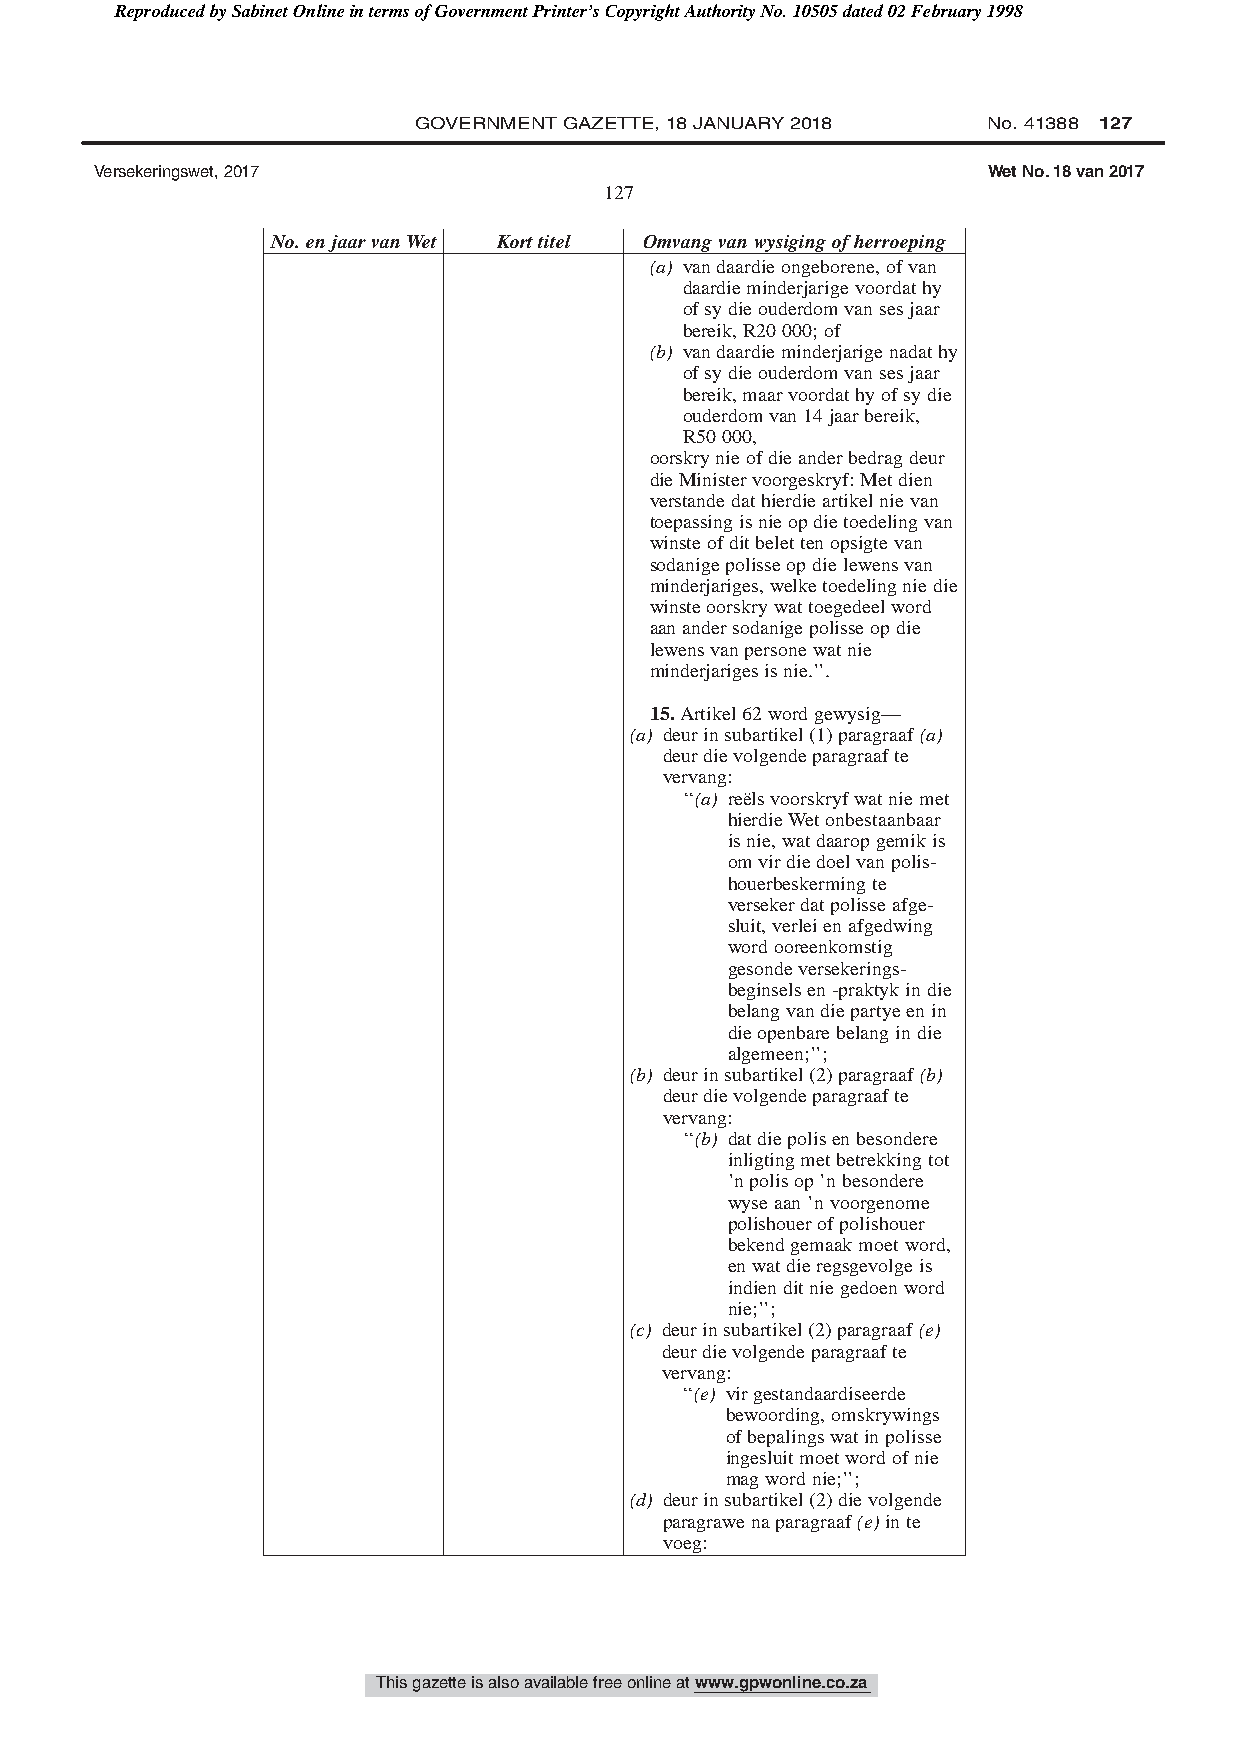
Reproduced by Sabinet Online in terms of Government Printer’s Copyright Authority No. 10505 dated 02 February 1998
 GOVERNMENT GAZETTE, 18 JANUARY 2018   No. 41388 127
 Versekeringswet, 2017                                      Wet No. 18 van 2017
 127
 No.enjaarvanWet Korttitel Omvangvanwysigingofherroeping
 (a) vandaardieongeborene,ofvan
 daardieminderjarigevoordathy
 ofsydieouderdomvansesjaar
 bereik,R20000;of
 (b) vandaardieminderjarigenadathy
 ofsydieouderdomvansesjaar
 bereik,maarvoordathyofsydie
 ouderdomvan14jaarbereik,
 R50000,
 oorskrynieofdieanderbedragdeur
 dieMinistervoorgeskryf:Metdien
 verstandedathierdieartikelnievan
 toepassingisnieopdietoedelingvan
 winsteofditbelettenopsigtevan
 sodanigepolisseopdielewensvan
 minderjariges,welketoedelingniedie
 winsteoorskrywattoegedeelword
 aanandersodanigepolisseopdie
 lewensvanpersonewatnie
 minderjarigesisnie.’’.
 15.Artikel62wordgewysig—
 (a) deurinsubartikel(1)paragraaf(a)
 deurdievolgendeparagraafte
 vervang:
 ‘‘(a) reëlsvoorskryfwatniemet
 hierdieWetonbestaanbaar
 isnie,watdaaropgemikis
 omvirdiedoelvanpolis-
 houerbeskermingte
 versekerdatpolisseafge-
 sluit,verleienafgedwing
 wordooreenkomstig
 gesondeversekerings-
 beginselsen-praktykindie
 belangvandiepartyeenin
 dieopenbarebelangindie
 algemeen;’’;
 (b) deurinsubartikel(2)paragraaf(b)
 deurdievolgendeparagraafte
 vervang:
 ‘‘(b) datdiepolisenbesondere
 inligtingmetbetrekkingtot
 ’npolisop’nbesondere
 wyseaan’nvoorgenome
 polishouerofpolishouer
 bekendgemaakmoetword,
 enwatdieregsgevolgeis
 indienditniegedoenword
 nie;’’;
 (c) deurinsubartikel(2)paragraaf(e)
 deurdievolgendeparagraafte
 vervang:
 ‘‘(e) virgestandaardiseerde
 bewoording,omskrywings
 ofbepalingswatinpolisse
 ingesluitmoetwordofnie
 magwordnie;’’;
 (d) deurinsubartikel(2)dievolgende
 paragrawenaparagraaf(e)inte
 voeg:
 This gazette is also available free online at www.gpwonline.co.za